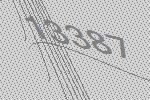
13387